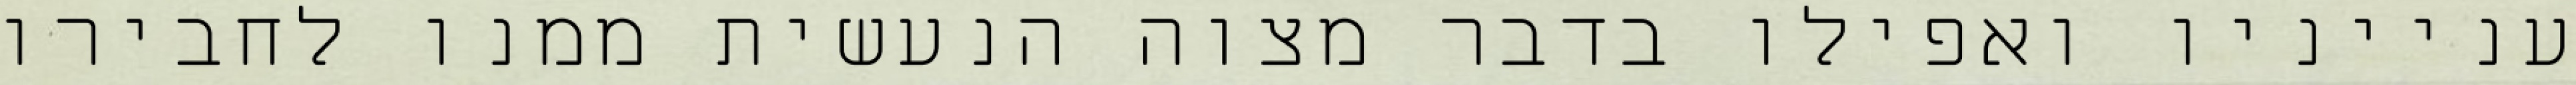
ענייניו ואפילו בדבר מצוה הנעשית ממנו לחבירו